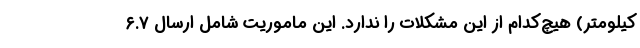
کیلومتر) هیچ‌کدام از این مشکلات را ندارد. این ماموریت شامل ارسال ۶.۷